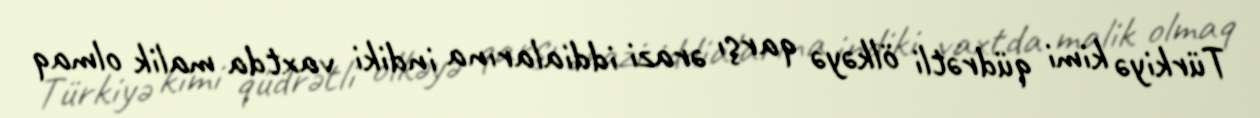
Türkiyə kimi qüdrətli ölkəyə qarşı ərazi iddialarına indiki vaxtda malik olmaq